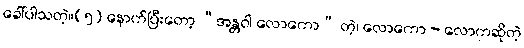
ခေါ်ပါသတဲ့။(၅) နောက်ပြီးတော့ “အန္တဝါ လောကော” တဲ့၊ လောကော - လောကဆိုတဲ့